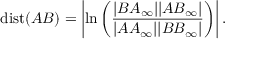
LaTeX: \operatorname { d i s t } ( A B ) = \left| \ln \left( { \frac { | B A _ { \infty } | | A B _ { \infty } | } { | A A _ { \infty } | | B B _ { \infty } | } } \right) \right| .